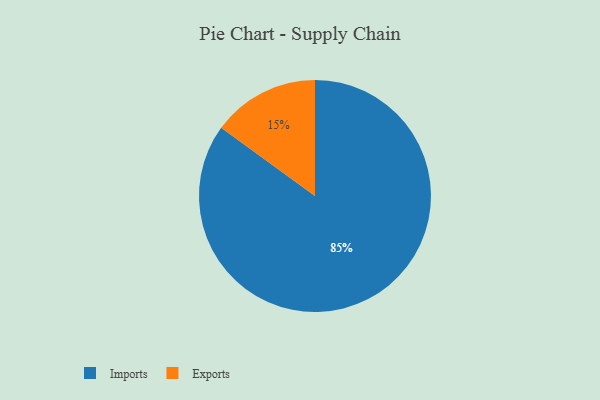
{"axis": {"x": "Category", "y": "Percentage"}, "legend": ["Exports", "Imports"], "data": [{"x": "Imports", "y": 85, "type": "Imports"}, {"x": "Exports", "y": 15, "type": "Exports"}]}